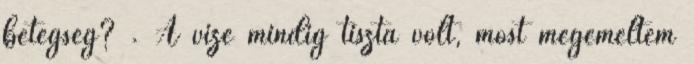
betegség? . A vize mindig tiszta volt, most megemeltem